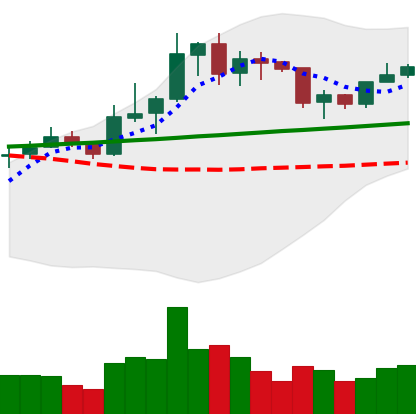
Ticker: LINK-USD
Chart end date: 2020-01-28
Forward return: 6.675%
Label: up_5_7